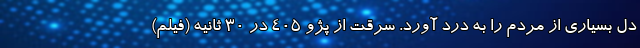
دل بسیاری از مردم را به درد آورد. سرقت از پژو ۴۰۵ در ۳۰ ثانیه (فیلم)